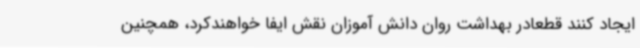
ایجاد ‌کنند قطعادر بهداشت روان دانش آموزان نقش ایفا خواهندکرد، همچنین